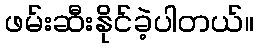
ဖမ်းဆီးနိုင်ခဲ့ပါတယ်။